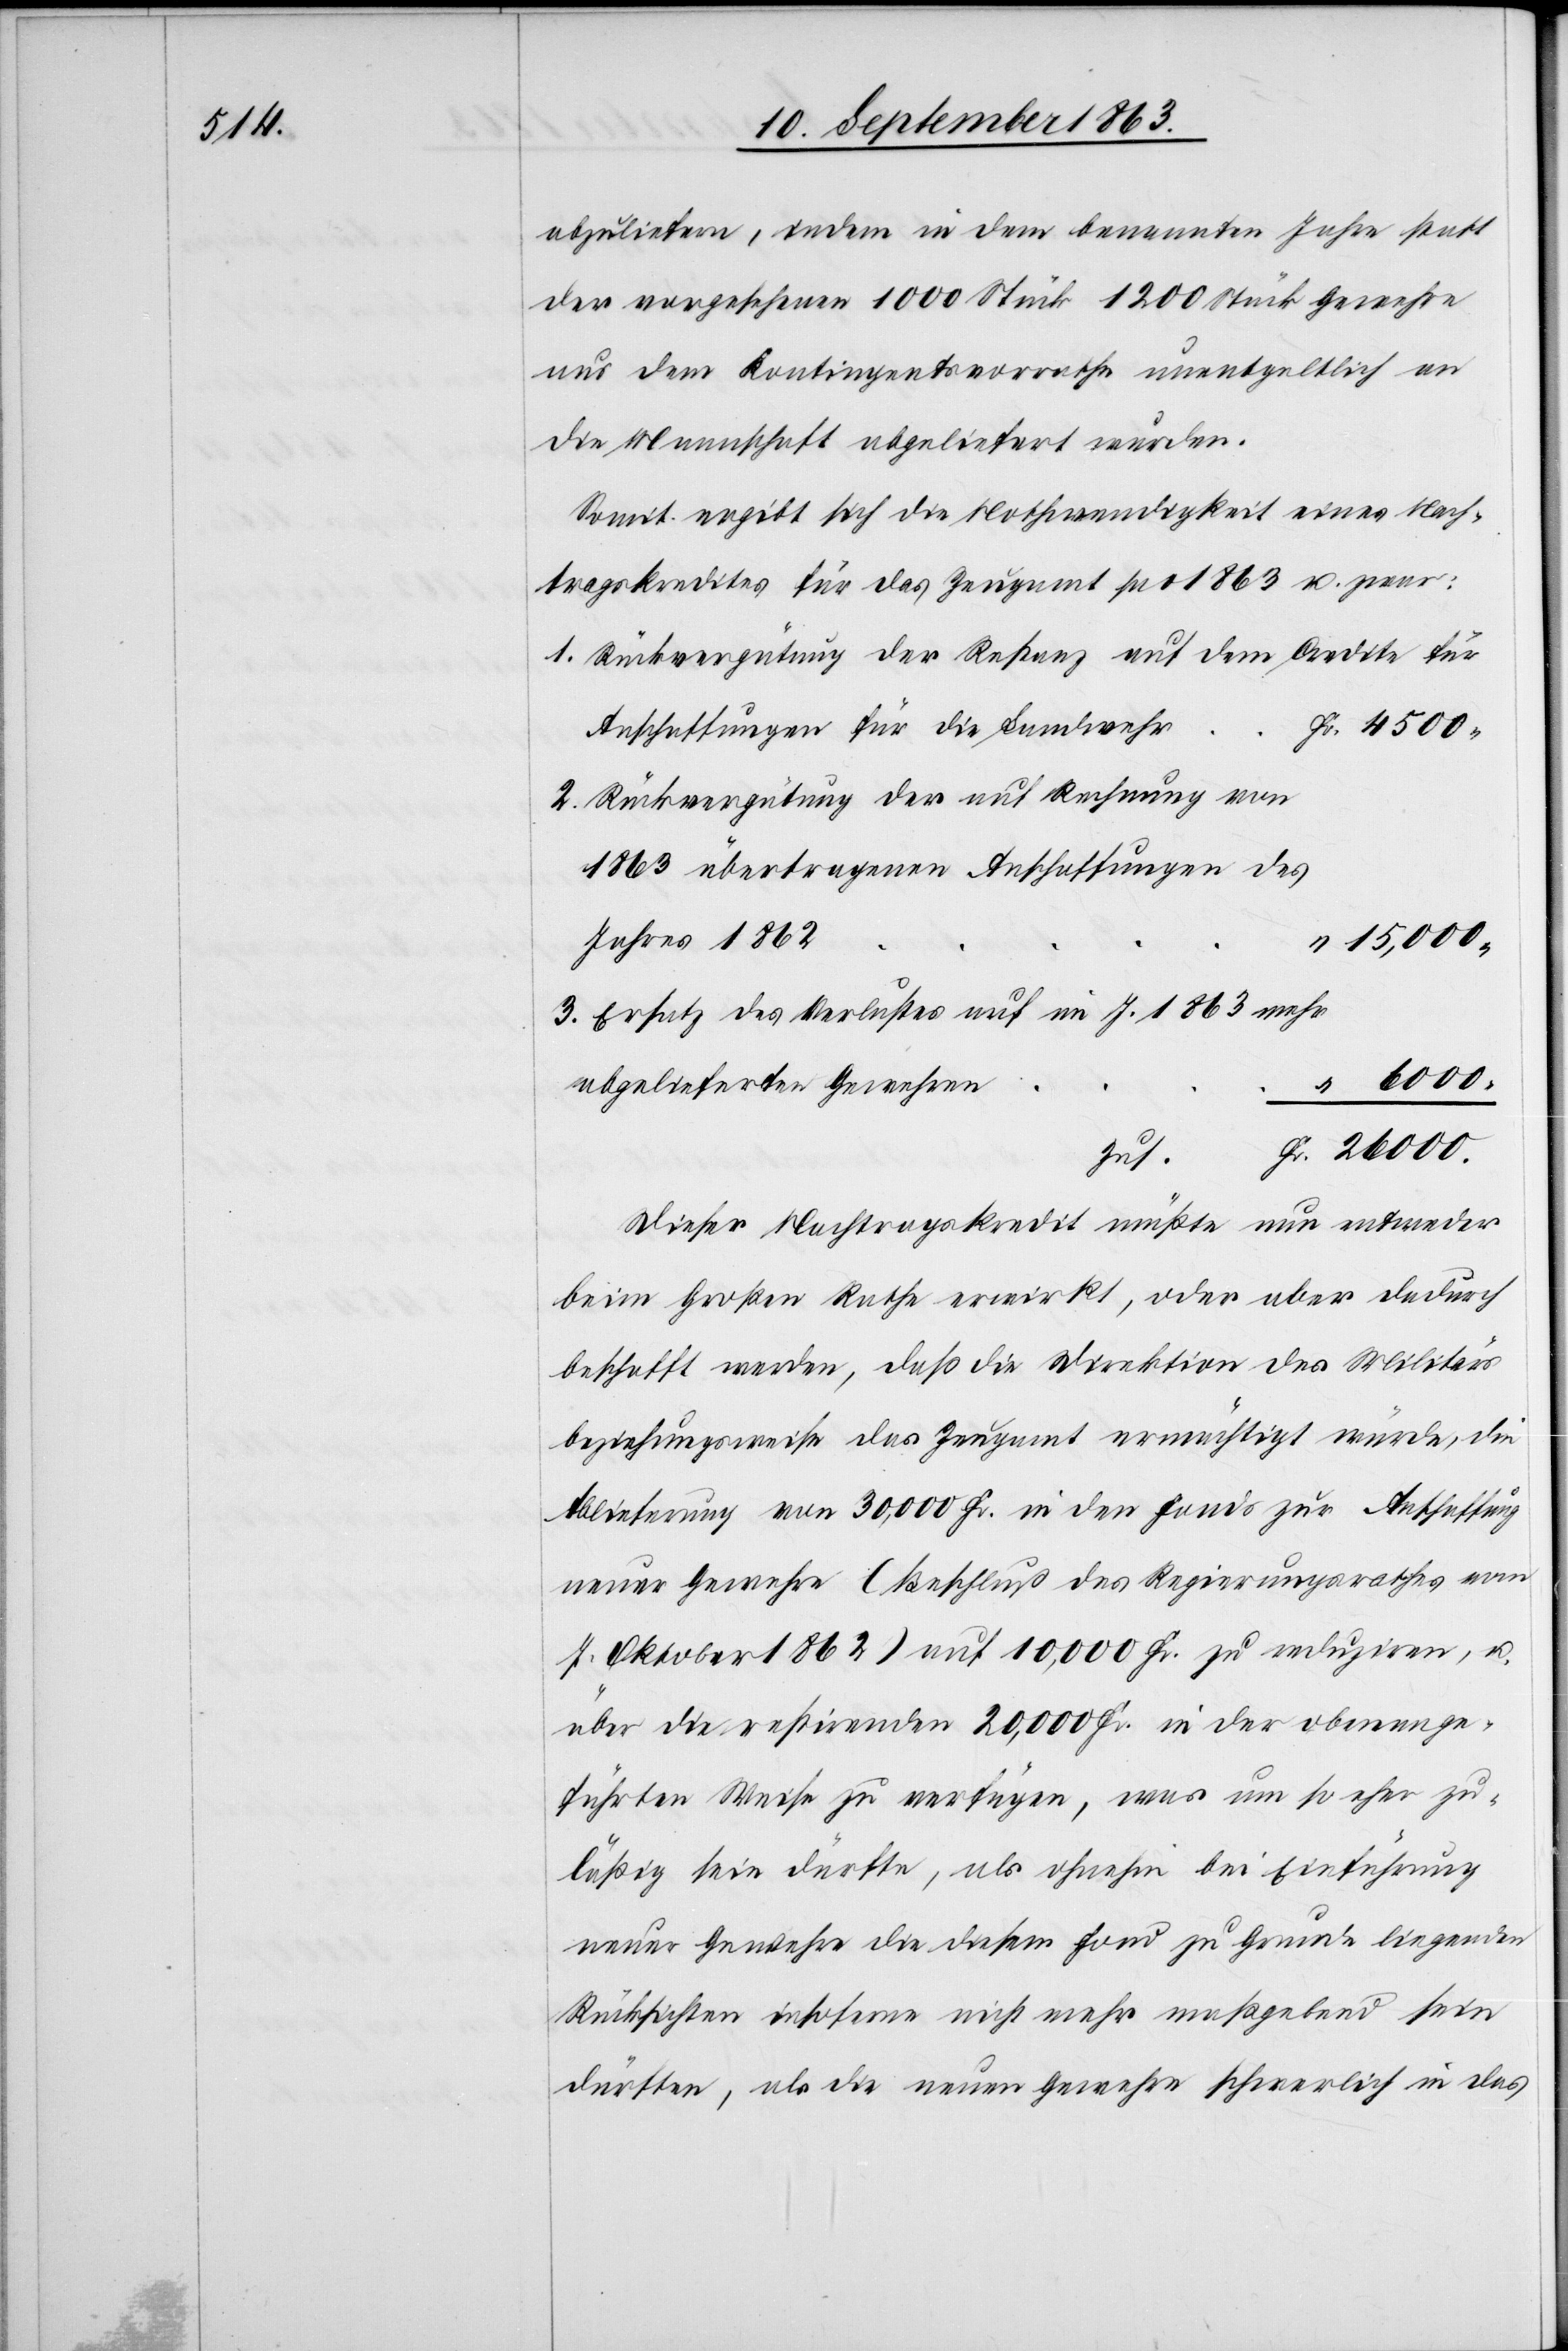
abzuliefern, indem in dem benannten Jahre statt
der vorgesehenen 1000 Stück 1200 Stück Gewehre
aus dem Kontingentsvorrathe unentgeltlich an
die Mannschaft abgeliefert wurden.
Somit ergibt sich die Nothwendigkeit eines Nach¬
tragskredites für das Zeugamt pro 1863 u. zwar:
Rückvergütung der Restanz auf dem Credite für
Anschaffungen für die Landwehr
Rückvergütung der auf Rechnung von
1863 übertragenen Anschaffungen des
Jahres 1862
15,000.
Ersatz des Verlustes auf im J. 1863 mehr
abgelieferten Gewehren
Zus.
Dieser Nachtragskredit müßte nun entweder
beim Großen Rathe erwirkt, oder aber dadurch
beschafft werden, daß die Direktion des Militärs
beziehungsweise das Zeugamt ermächtigt würde, die
Ablieferung von 30,000 Fr. in den Fonds zur Anschaffung
neuer Gewehre (Beschluß des Regierungsrathes vom
7. Oktober 1862) auf 10,000 Fr. zu reduziren, u.
über die restirenden 20,000 Fr. in der obenange¬
führten Weise zu verfügen, was um so eher zu¬
läßig sein dürfte, als ohnehin bei Einführung
neuer Gewehre die diesem Fond zu Grunde liegenden
Rücksichten insoferne nicht mehr maßgebend sein
dürften, als die neuen Gewehre schwerlich in das